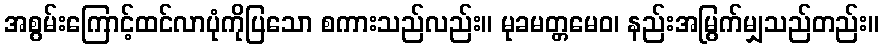
အစွမ်းကြောင့်ထင်လာပုံကိုပြသော စကားသည်လည်း။ မုခမတ္တမေဝ၊ နည်းအမြွက်မျှသည်တည်း။